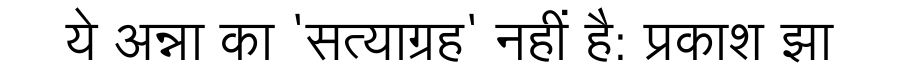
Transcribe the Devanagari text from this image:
ये अन्ना का 'सत्याग्रह' नहीं है: प्रकाश झा